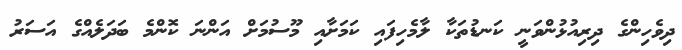
ދިވެހިންގެ ދިރިއުޅުންވަނީ ކަނޑުތަކާ ލާމެހިފައި ކަމަށާއި މޫސުމަށް އަންނަ ކޮންމެ ބަދަލެއްގެ އަސަރު